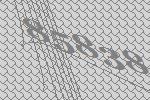
85838